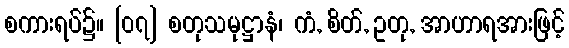
စကားရပ်၌။ [၀၇] စတုသမုဋ္ဌာနံ၊ ကံ, စိတ်, ဥတု, အာဟာရအားဖြင့်